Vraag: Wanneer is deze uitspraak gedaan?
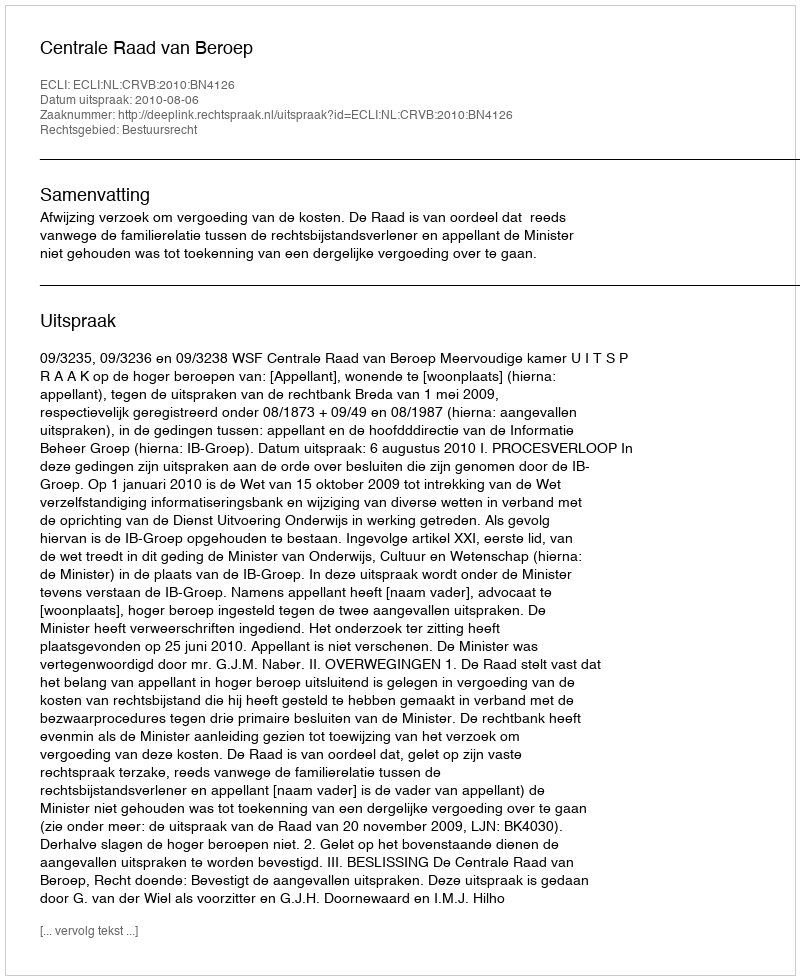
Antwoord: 2010-08-06